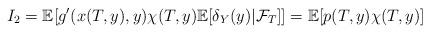
LaTeX: \begin{align*} I_2=\mathbb{E}[g'(x(T,y),y)\chi(T,y)\mathbb{E}[\delta_Y(y)|\mathcal{F}_T]]=\mathbb{E}[p(T,y)\chi(T,y)]\end{align*}